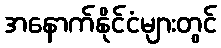
အနောက်နိုင်ငံများတွင်